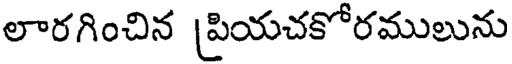
లారగించిన [పియచకోరములును